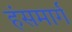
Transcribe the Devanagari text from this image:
हंसमार्ग